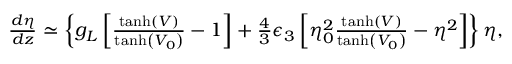
\begin{array} { r l r } & { } & { \frac { d \eta } { d z } \simeq \left\lbrace g _ { L } \left[ \frac { \operatorname { t a n h } ( V ) } { \operatorname { t a n h } \left( V _ { 0 } \right) } - 1 \right] + \frac { 4 } { 3 } \epsilon _ { 3 } \left[ \eta _ { 0 } ^ { 2 } \frac { \operatorname { t a n h } ( V ) } { \operatorname { t a n h } \left( V _ { 0 } \right) } - \eta ^ { 2 } \right] \right\rbrace \eta , } \end{array}